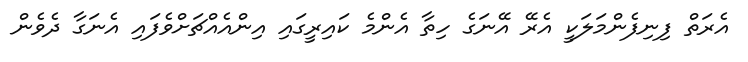
އެރަތް ފިނިފެންމަލަކީ އެރޭ އޭނަގެ ހިތާ އެންމެ ކައިރީގައި އިންއެއްޗަށްވެފައި އެނަގާ ދެވެން